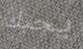
يحبك